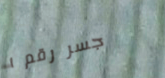
جسر رقم ١